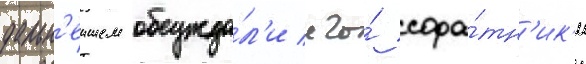
дальн'еишем обсужда́л'и его́ сора́тн'ик'и